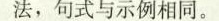
法，句式与示例相同。